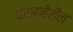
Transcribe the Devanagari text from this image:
घराबाहेरील